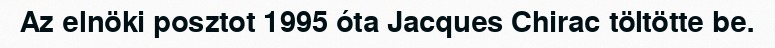
Az elnöki posztot 1995 óta Jacques Chirac töltötte be.